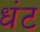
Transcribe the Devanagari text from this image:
धंट